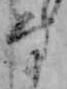
な